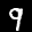
Label: 9